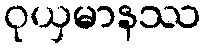
ဝုယှမာနဿ